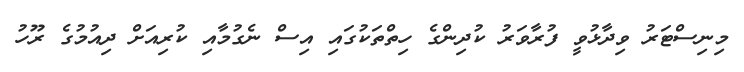
މިނިސްޓަރު ވިދާޅުވީ ފުރާވަރު ކުދިންގެ ހިތްތަކުގައި އިސް ނެގުމާއި ކުރިއަށް ދިއުމުގެ ރޫހު